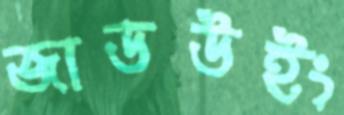
জাডউইং